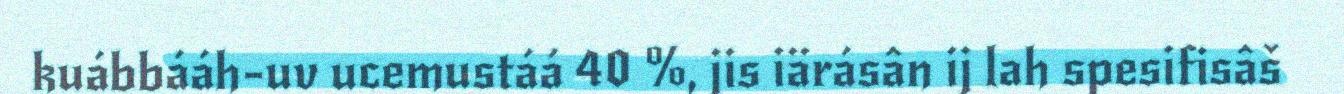
kuábbááh-uv ucemustáá 40 %, jis iärásân ij lah spesifisâš